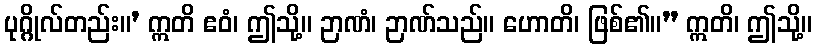
ပုဂ္ဂိုလ်တည်း။’ ဣတိ ဧဝံ၊ ဤသို့။ ဉာဏံ၊ ဉာဏ်သည်။ ဟောတိ၊ ဖြစ်၏။” ဣတိ၊ ဤသို့။